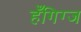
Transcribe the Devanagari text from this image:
हँगिग्ज